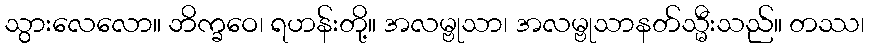
သွားလေလော။ ဘိက္ခဝေ၊ ရဟန်းတို့။ အလမ္ဗုသာ၊ အလမ္ဗုသာနတ်သ္မီးသည်။ တဿ၊